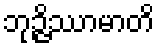
ဘုဉ္ဇိဿာမာတိ